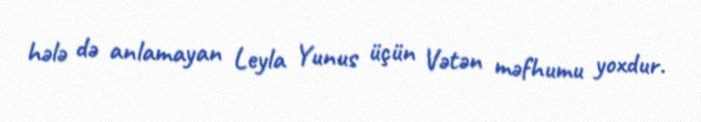
hələ də anlamayan Leyla Yunus üçün Vətən məfhumu yoxdur.